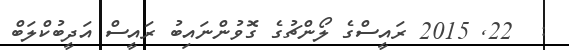
:  22